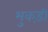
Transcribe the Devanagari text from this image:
भुकड़ी